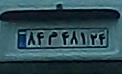
۸۴م۴۱۸۲۴